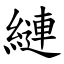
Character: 縺